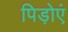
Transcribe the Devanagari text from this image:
पिड़ोएं